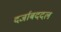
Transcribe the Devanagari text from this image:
दर्जाबददल